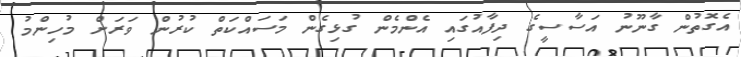
އެގޮތުން ގާނޫނު އަސާސީގެ ދިފާއުގައި އެންމެން ގުޅިގެން މަސައްކަތް ކުރުން ވަރަށް މުހިންމު